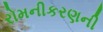
રોમનીકરણની